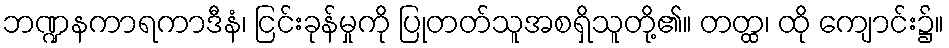
ဘဏ္ဍနကာရကာဒီနံ၊ ငြင်းခုန်မှုကို ပြုတတ်သူအစရှိသူတို့၏။ တတ္ထ၊ ထို ကျောင်း၌။